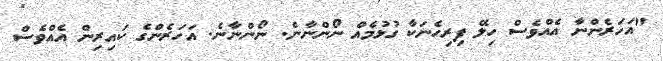
"އަހަރެންނާ އެއްވެސް ހިލޭ ފިރިހެނަކާ ގުޅުމެއް ނޯންނާނެ. ނޯންނާނެ. އަހަރެންގެ ކައިރިން އެއްވެސް